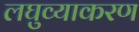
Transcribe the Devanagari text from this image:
लघुव्याकरण